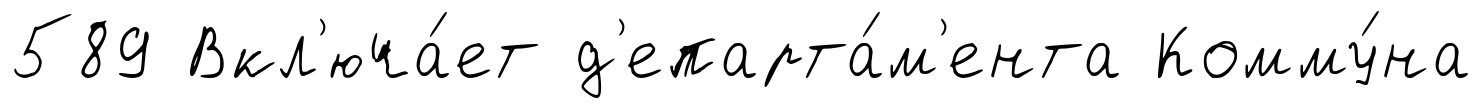
589 Вкл'юча́ет д'епарта́м'ента Комму́на